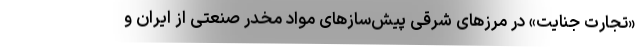
«تجارت جنایت» در مرزهای شرقی پیش‌سازهای مواد مخدر صنعتی از ایران و